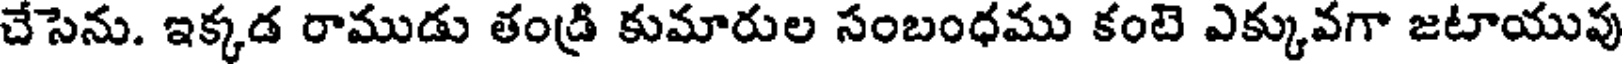
చేసెను. ఇక్కడ రాముడు తండ్రి కుమారుల సంబంధము కంటె ఎక్కువగా జటాయువు